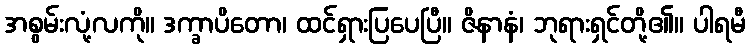
အစွမ်းလုံ့လကို။ ဒက္ခာပိတော၊ ထင်ရှားပြပေပြီ။ ဇိနာနံ၊ ဘုရားရှင်တို့၏။ ပါရမီ